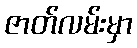
ဇာတ်လမ်းမှာ